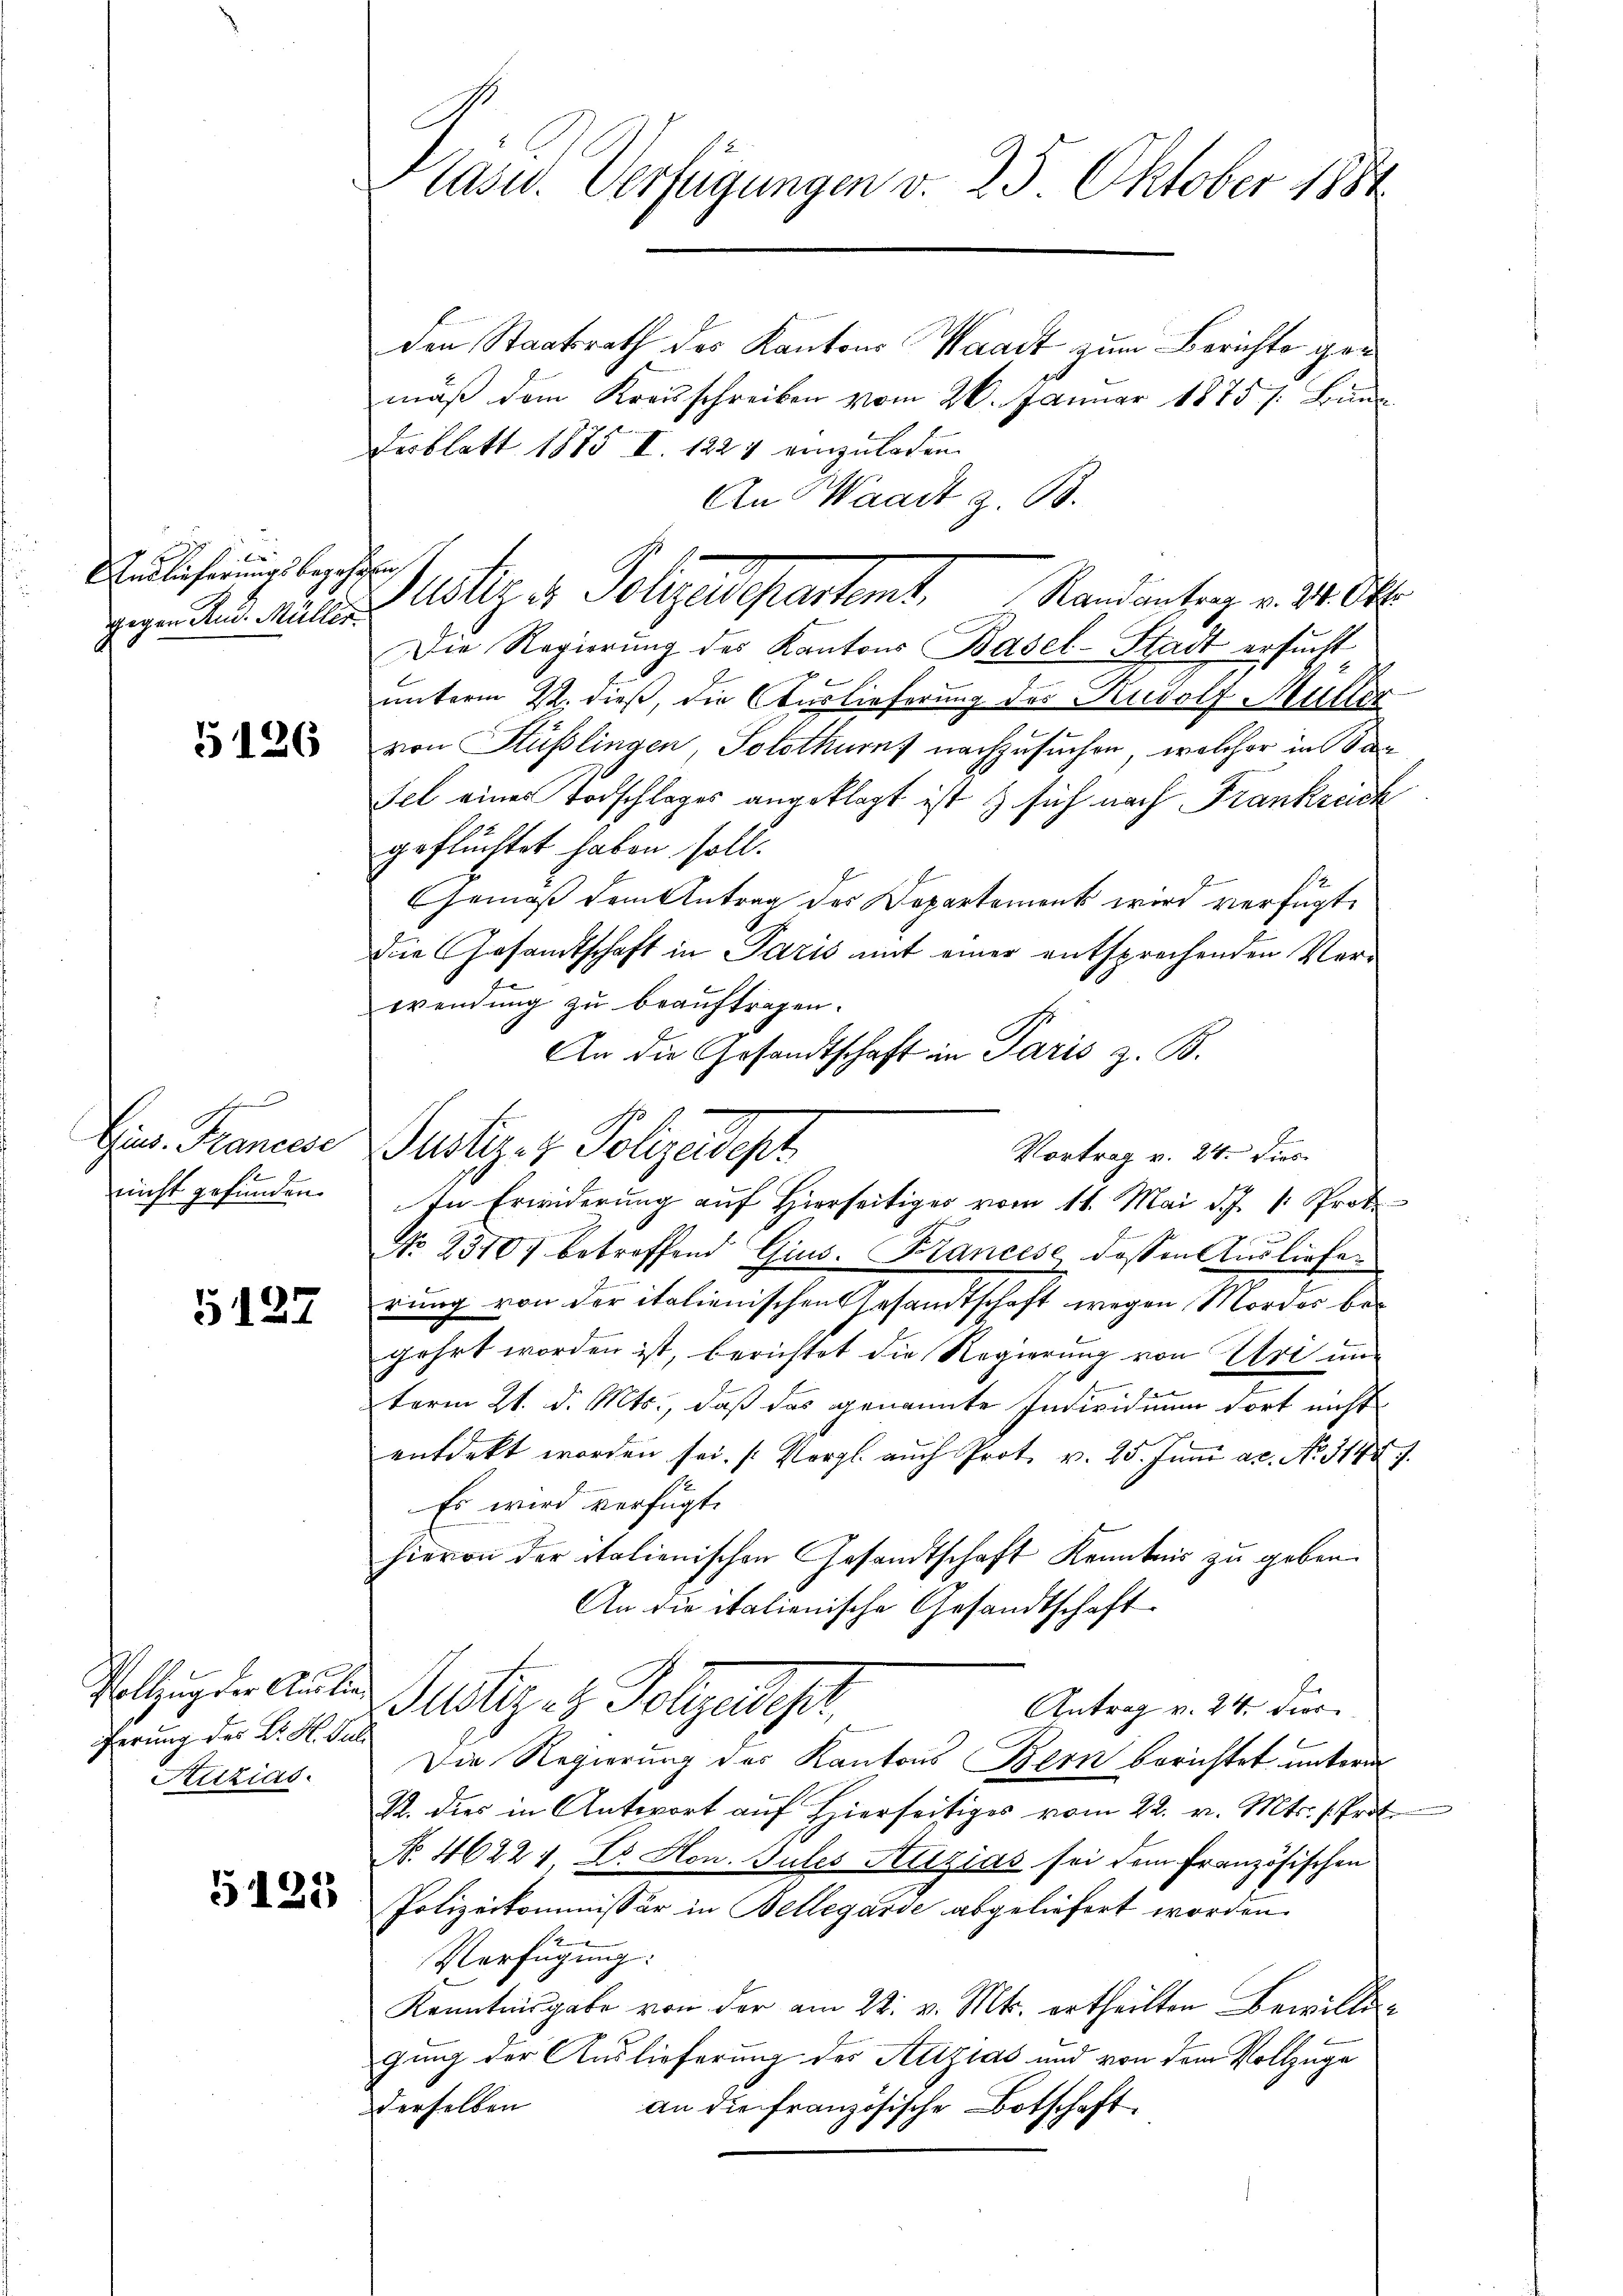
EEndlicherungsbegehreng
gegen Rud. Müller

5126

Eis. Francese
nicht gefunden.

5127

Vollzug der Auslie¬
Ferung des Dr. H. Sul
Aizias.

G125

Präsid. Verfügungen v. 25. Oktober 1884

Möller Polizeidepartent. Mandanten v. 30. Okt.

den Staatsrath des Kantons Waadt zum Berichts gemäß dem Kreisschreiben vom 26. Januar 1875 /: Bunderblatt 1885 I. 1227 einzuladen.
An Waadt z. B.
Die Regierŭng des Kantons Basel-Stadt ersucht
2
E.
unterm 22. dieß, die Auslieferung des Rudolf Müller
von Stüßlingen, Solothurnf nachzusuchen, welcher in Sasel eines Todschlages angeklagt ist & sich nach Frankreich
geflüchtet haben soll.
Gemäß dem Antrag des Departement wird verfügt,
Die Gesandtschaft in Paris mit einer entsprechenden Verwendung zu beauftragen.
An die Gesandtschaft in Paris z. B.
Justiz- & Polizeidepr
In Erwiderung auf Hierseitiges vom 11. Mai d. J. 1. Prot
1
No 23707 betreffend Gius. Krancese dessen Ausliefer
rung von der italienischen Gesandtschaft wegen Mordes begehrt worden ist, berichtet die Regierung von Uri un
term 21. d. Mts., daß das genannte Individuum dort nicht
entdekt worden sei. (Vergl. auch Prot. v. 25. Juni ac. No. 314 f.
Es wird verfügt:
hievon der italienischen Gesandtschaft Kenntnis zu geben.
An die italienische Gesandtschaft
Justiges Folgeseher,
Antrag v. 24. dies
Die Regierung des Kantons Bern berichtet unterm
22. dies in Antwort auf Hierseitiges vom 22. v. Mts. (Prot
No. 46221 Dr. Hon. Gutes Alizias sei dem französischen
Polizeikommissär in Bellegarde abgeliefert worden.
1
Verfügung:
Kenntnisgabe von der am 22. v. Mts. ertheilten Bewilliging der Auslieferung des Atizias und von dem Vollzuge
derselben
an die französische Botschaft

Vortrag v. 24. Dies